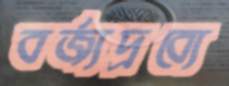
বর্জ্যদ্রব্যে